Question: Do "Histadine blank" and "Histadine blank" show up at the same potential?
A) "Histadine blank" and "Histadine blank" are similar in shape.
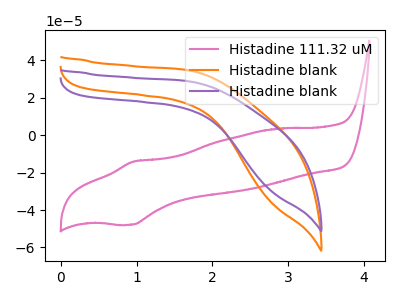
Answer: <think>The pink curve "Histadine 111.32 uM" has an anodic peak at (0.95V, -14.10uA) and a cathodic peak at (0.95V, -47.80uA). The orange curve "Histadine blank" has no peaks. The purple curve "Histadine blank" has no peaks.
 Neither "Histadine blank" or "Histadine blank" have any peaks.</think>
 <answer>A) "Histadine blank" and "Histadine blank" are similar in shape.</answer>
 <eval>A</eval>